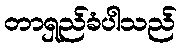
တာရှည်ခံပါသည်